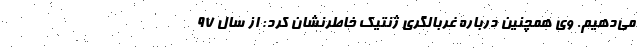
می‌دهیم. وی همچنین درباره غربالگری ژنتیک خاطرنشان کرد: از سال ۹۷